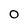
Character: O